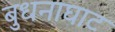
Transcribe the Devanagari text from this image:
बुधनाघाट